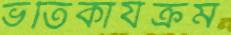
ভর্তিকার্যক্রম